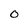
Character: O